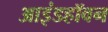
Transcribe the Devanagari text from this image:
आइंडहॉवन